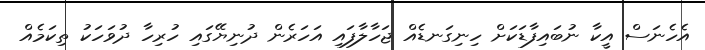
އެހެނަސް އީކާ ނުބައިފާޑަކަށް ހިނިގަނޑެއް ޖަހާލާފައި އަހަރެން ދުނިޔޭގައި ހުރިހާ ދުވަހަކު ތިކަމެއް